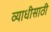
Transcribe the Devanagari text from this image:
व्याधीसाठी